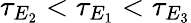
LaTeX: \tau_{E_{2}}<\tau_{E_{1}}<\tau_{E_{3}}